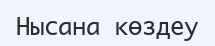
Нысана көздеу